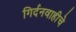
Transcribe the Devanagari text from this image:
गिर्दनवाहीचे